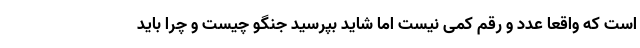
است که واقعا عدد و رقم کمی نیست اما شاید بپرسید جنگو چیست و چرا باید